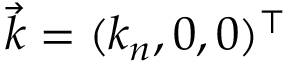
\vec { k } = ( k _ { n } , 0 , 0 ) ^ { \top }